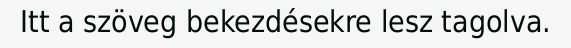
Itt a szöveg bekezdésekre lesz tagolva.